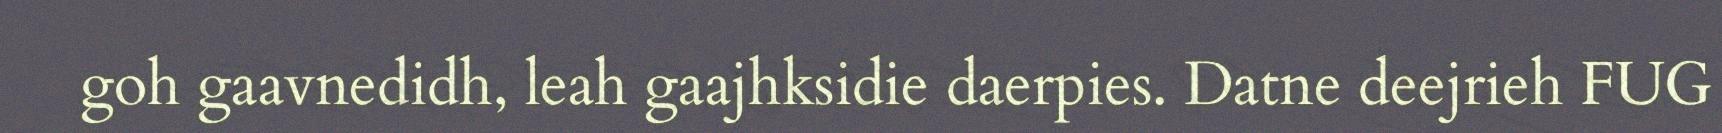
goh gaavnedidh, leah gaajhksidie daerpies. Datne deejrieh FUG